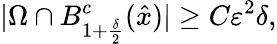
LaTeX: |\Omega\cap B_{1+\frac{\delta}{2}}^{c}(\hat{x})|\geq C\varepsilon^{2}\delta,